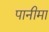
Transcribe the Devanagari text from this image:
पानीमा